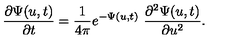
\frac { \partial \Psi ( u , t ) } { \partial t } = \frac { 1 } { 4 \pi } e ^ { - \Psi ( u , t ) } \ \frac { \partial ^ { 2 } \Psi ( u , t ) } { \partial u ^ { 2 } } .